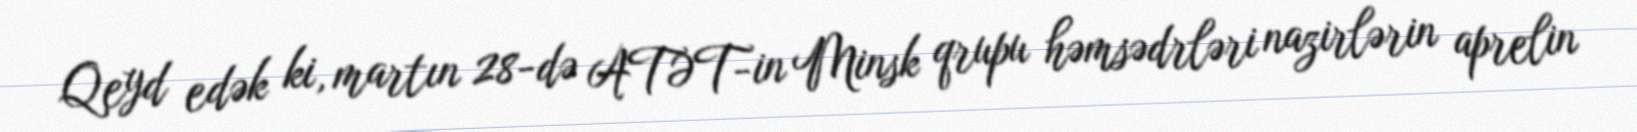
Qeyd edək ki, martın 28-də ATƏT-in Minsk qrupu həmsədrləri nazirlərin aprelin